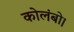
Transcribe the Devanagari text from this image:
कोलंबो।